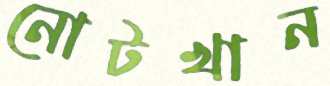
নোটখান